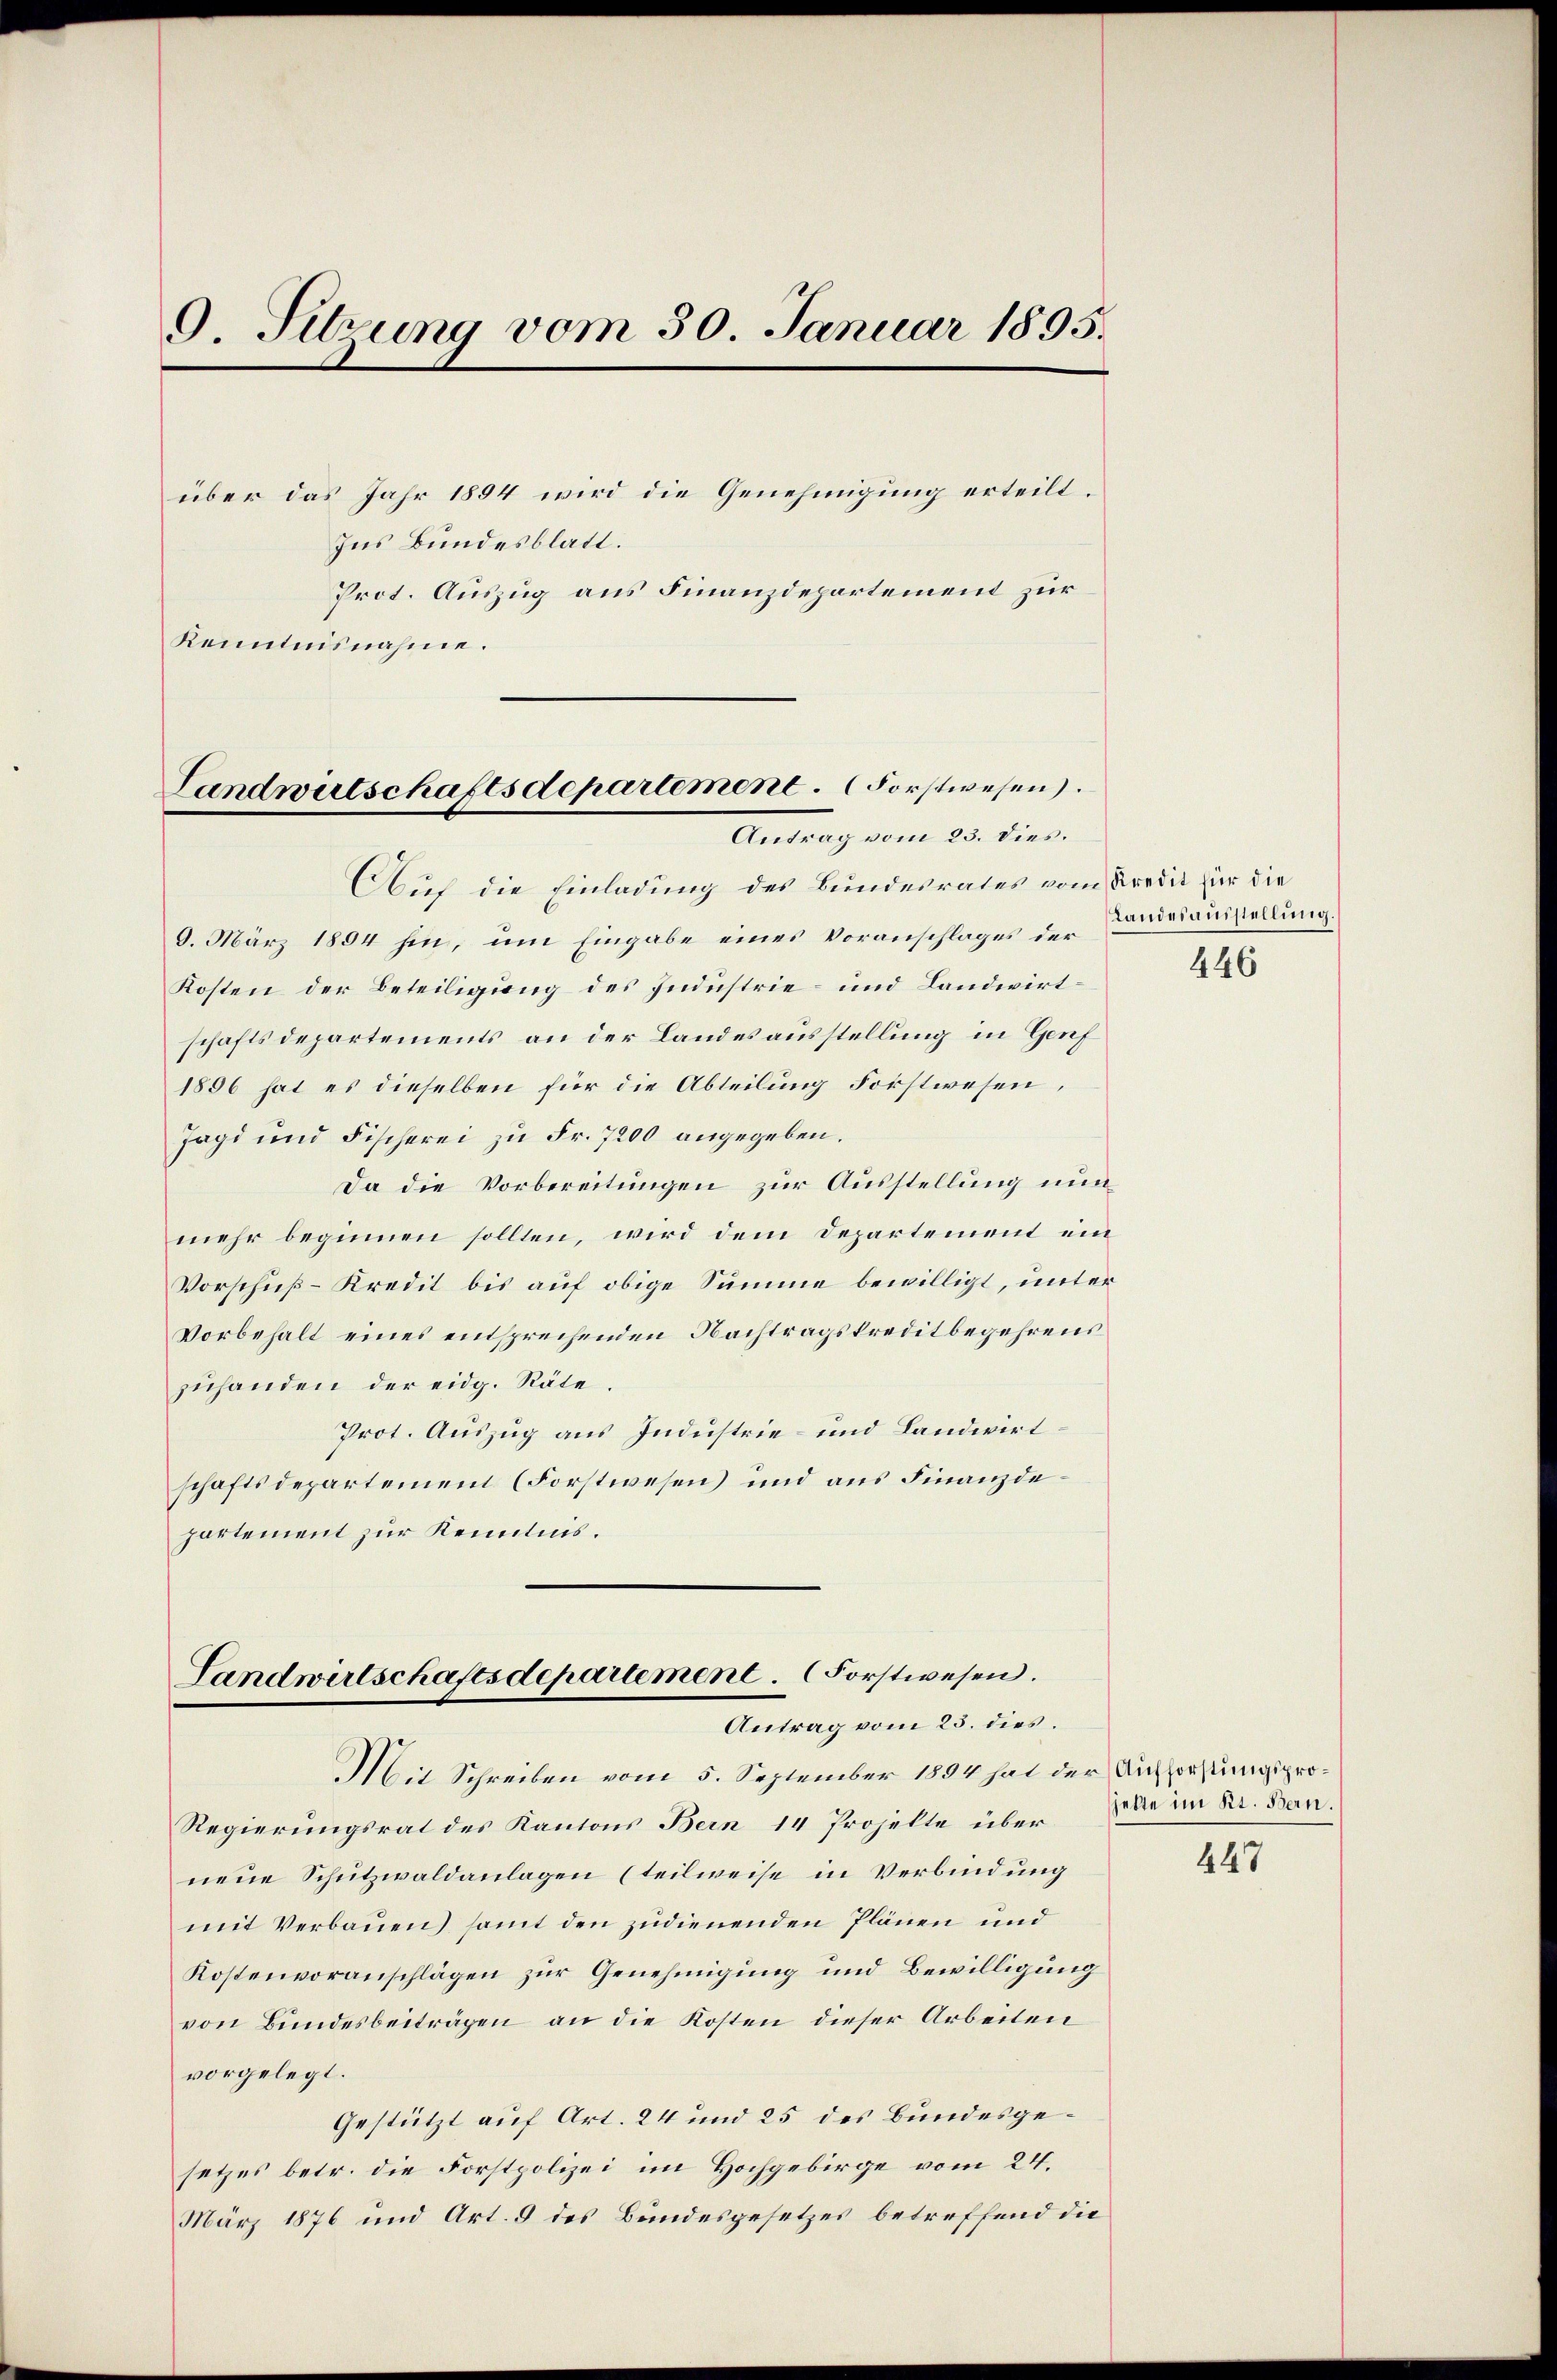
9 Sitzung vom 30. Januar 1895.
über das Jahr 1894 wird die Genehmigung erteilt.
Ins Bundesblatt.

Prot. Auszug aus Finanzdepartement zur
Kenntnisnahme.

Landwutschaftsdepartement. Forstwesen.
Antrag vom 23. dies.

Auf die Einladung des Bundesrates vom Kredit für die
6. März 1894 hin, um Eingabe eines Voranschlages der
Kosten der Beteiligung des Industrie- und Landwirtschaftsdepartements an der Landesausstellung in Genf
1856 hat es dieselben für die Abteilung Forstwesen,
Jagd und Fischerei zu Fr. 7200 angegeben.
Da die Vorbereitungen zur Ausstellung nun
mehr beginnen sollten, wird dem Departement ein
Vorschuß-Kredit bis auf obige Summe bewilligt, unter
Vorbehalt eines entsprechenden Nachtragskreditbegehrens
zuhanden der eidg. Räte.
Prot. Auszug aus Industrie- und Landwirt:
schaftsdepartement (Forstwesen und aus Finanzdepartement zur Kenntnis.

Landwirtschaftsdepartement. Forstwesen.
Antrag vom 23. dies.
Mit Schreiben vom 5. September 1894 hat der Aufforstungspro¬

Regierungsrat des Kantons Bern 14 Projelte überneue Schutzwaldanlagen (teilweise in Verbindung
mit Verbauen) samt den zudienenden Plänen und
Kostenvoranschlägen zur Genehmigung und Bewilligung
von Bundesbeiträgen an die Kosten dieser Arbeiten
vorgelegt.
Gestützt auf Art. 24 und 25 des Bundesgesetzes betr. die Forstpolizei im Hochgebirge vom 24.
März 1876 und Art. 5 des Bundesgesetzes betreffend die

Landesausstellung.

446

jette im Kt. Bern.

447